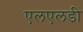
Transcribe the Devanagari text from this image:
एलएलडी